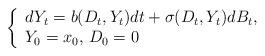
LaTeX: \begin{align*}\left\{\begin{array}{ll}dY_t = b(D_t, Y_t)dt + \sigma(D_t, Y_t)dB_t,\\Y_0 = x_0,\, D_0 = 0\end{array}\right.\end{align*}